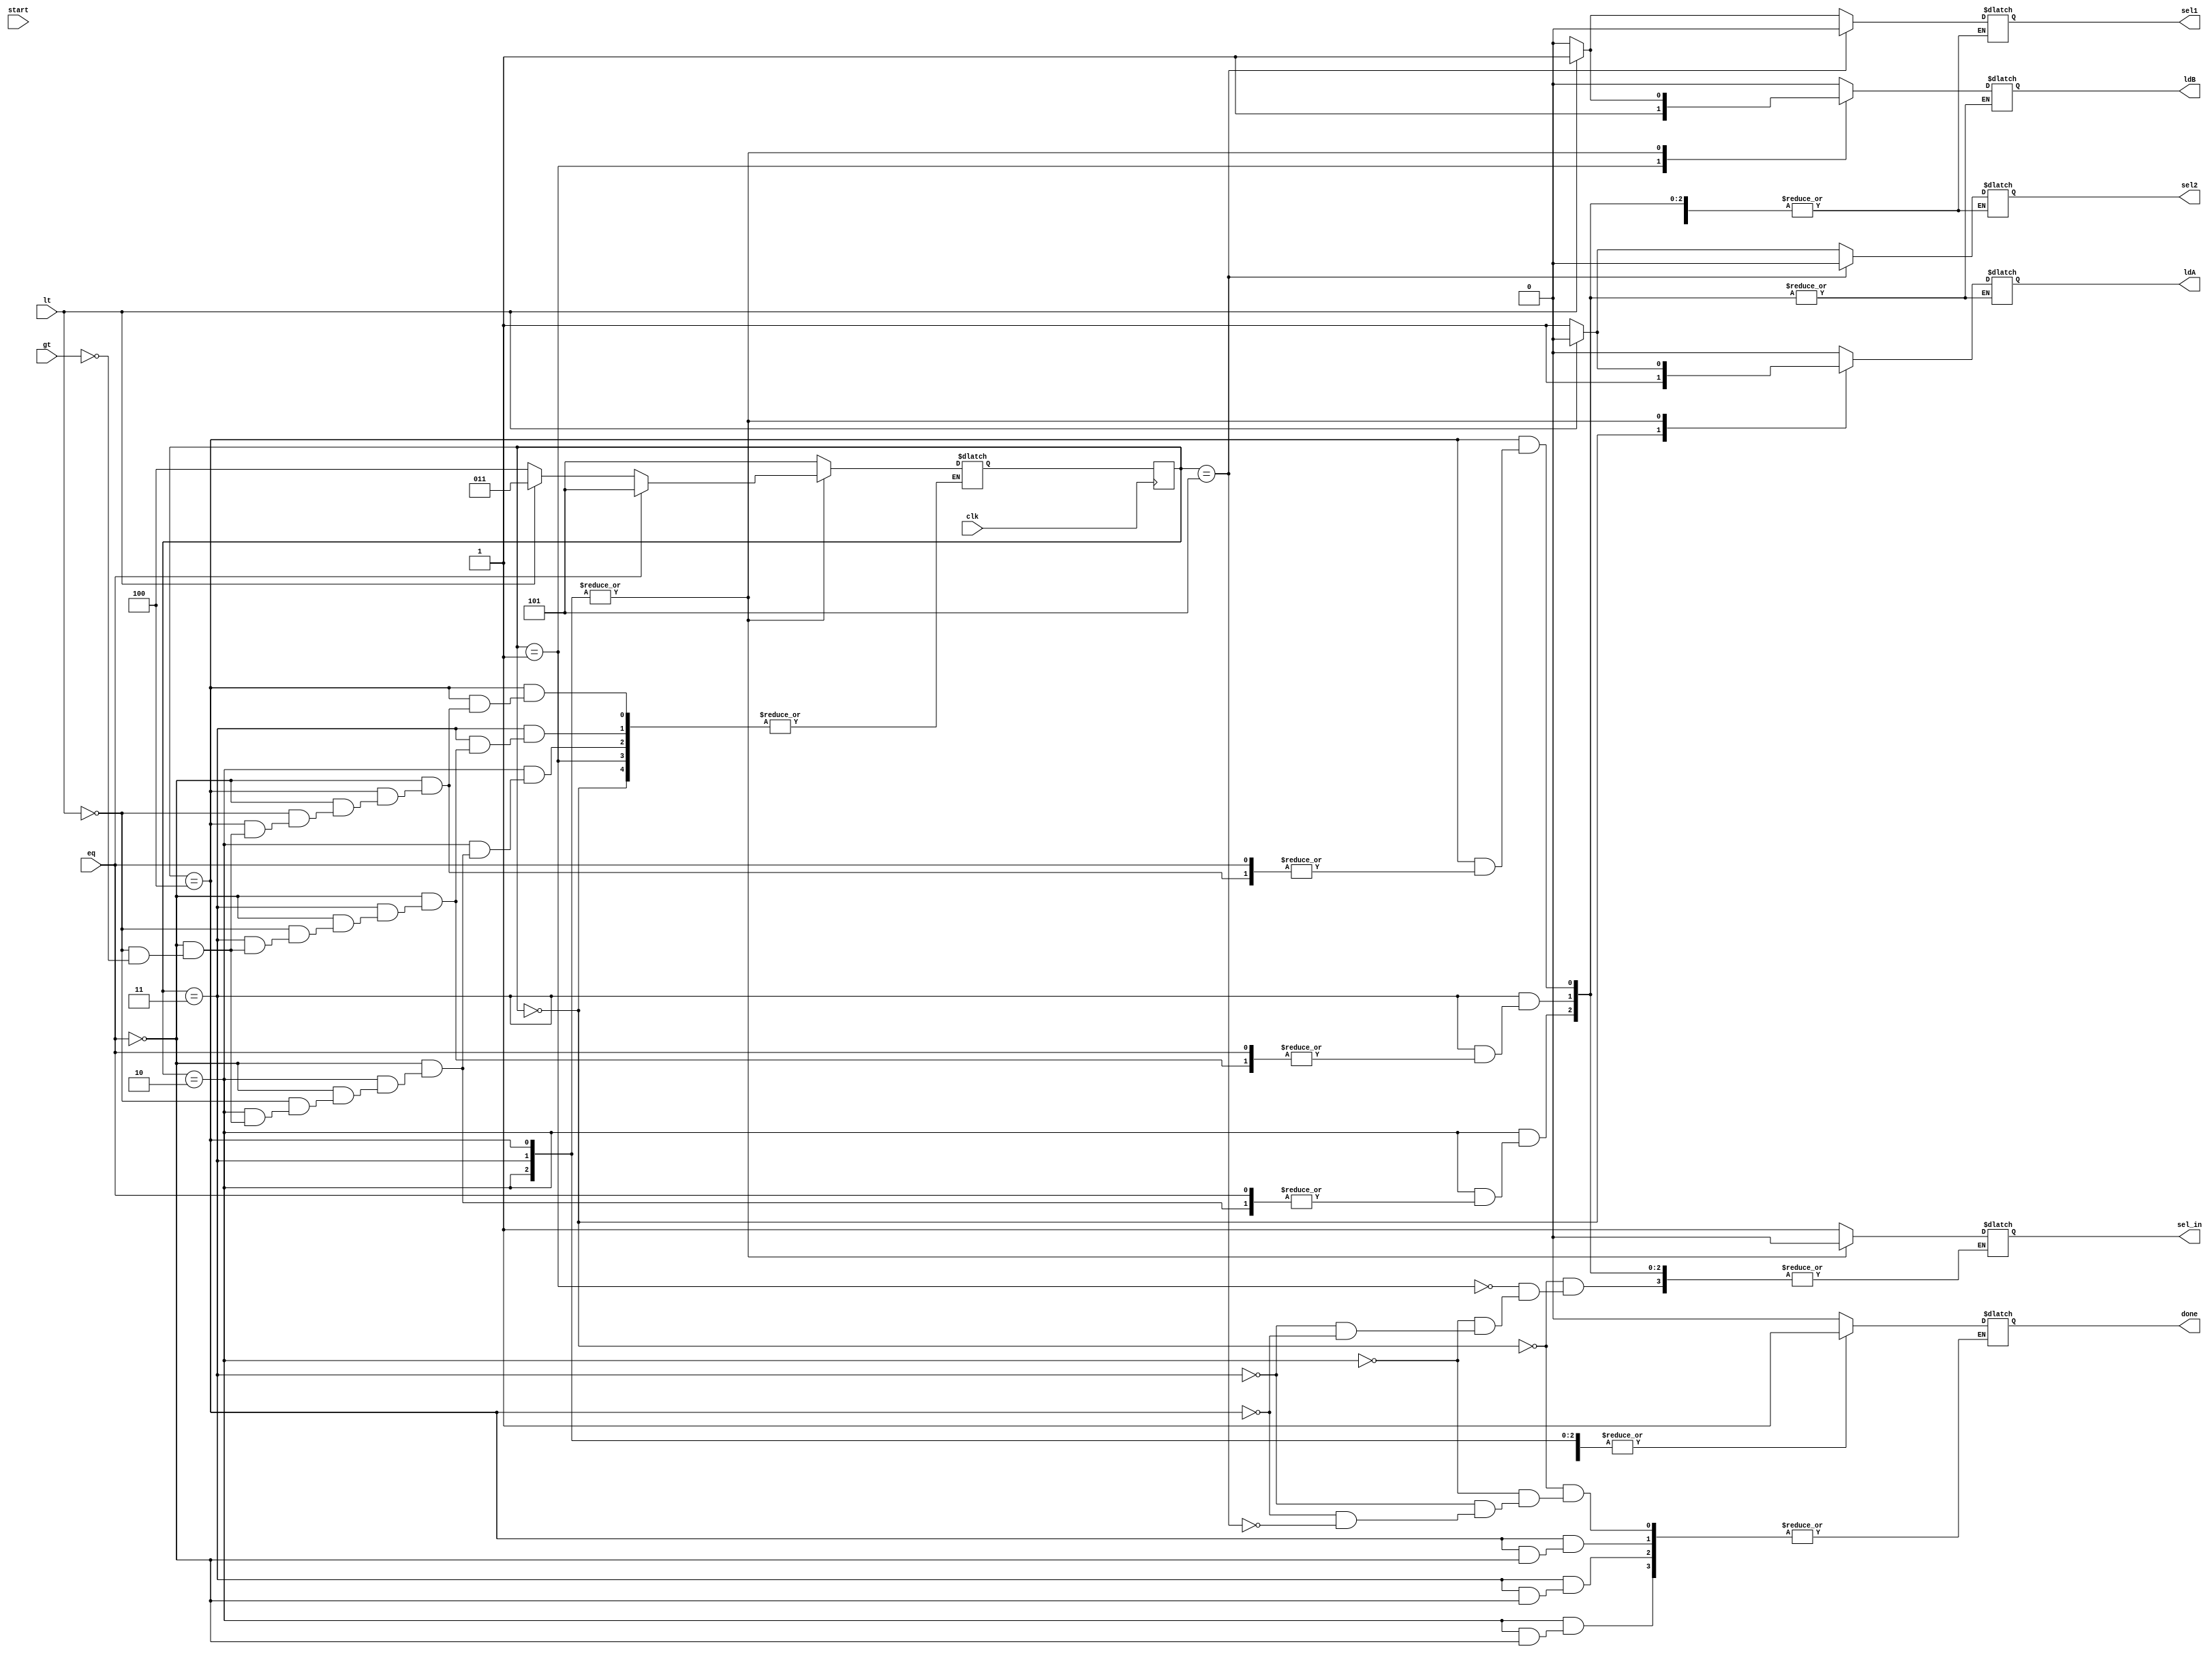
module controller2 (ldA, ldB, sel1, sel2, sel_in, done, clk, lt, gt, eq, start);
   input clk, lt, gt, eq, start;
   output reg ldA, ldB, sel1, sel2, sel_in, done;
  
   reg [2:0] state, next_state;
   parameter S0=3'b000, S1=3'b001, S2=3'b010, S3=3'b011, S4=3'b100, S5=3'b101;

   always @ (posedge clk)
    begin
      state <= next_state;
    end
 
  always @ (state)
   begin
    case (state)
     S0: begin sel_in = 1; ldA = 1; ldB = 0; done = 0; end
     S1: begin sel_in = 1; ldA = 0; ldB = 1; end
     S2: if (eq) begin done = 1; next_state = S5; end
         else if (lt) begin 
                        sel1 = 1; sel2 = 0; sel_in = 0; next_state = S3;
                        #1 ldA = 0; ldB=1;
                     end
        else if (gt) begin 
                        sel1 = 0; sel2 = 1; sel_in = 0; next_state = S4;
                        #1 ldA = 1; ldB=0;
                     end
    S3: if (eq) begin done = 1; next_state = S5; end
         else if (lt) begin 
                        sel1 = 1; sel2 = 0; sel_in = 0; next_state = S3;
                        #1 ldA = 0; ldB=1;
                     end
        else if (gt) begin 
                        sel1 = 0; sel2 = 1; sel_in = 0; next_state = S4;
                        #1 ldA = 1; ldB=0;
                     end
   S4: if (eq) begin done = 1; next_state = S5; end
         else if (lt) begin 
                        sel1 = 1; sel2 = 0; sel_in = 0; next_state = S3;
                        #1 ldA = 0; ldB=1;
                     end
        else if (gt) begin 
                        sel1 = 0; sel2 = 1; sel_in = 0; next_state = S4;
                        #1 ldA = 1; ldB=0;
                     end
   S5: begin
         done = 1; sel1 = 0; sel2 = 0; ldA = 0;
         ldB = 0; next_state = S5;
       end
   default: begin ldA = 0; ldB = 0; next_state = S5; end
 endcase
 end

endmodule